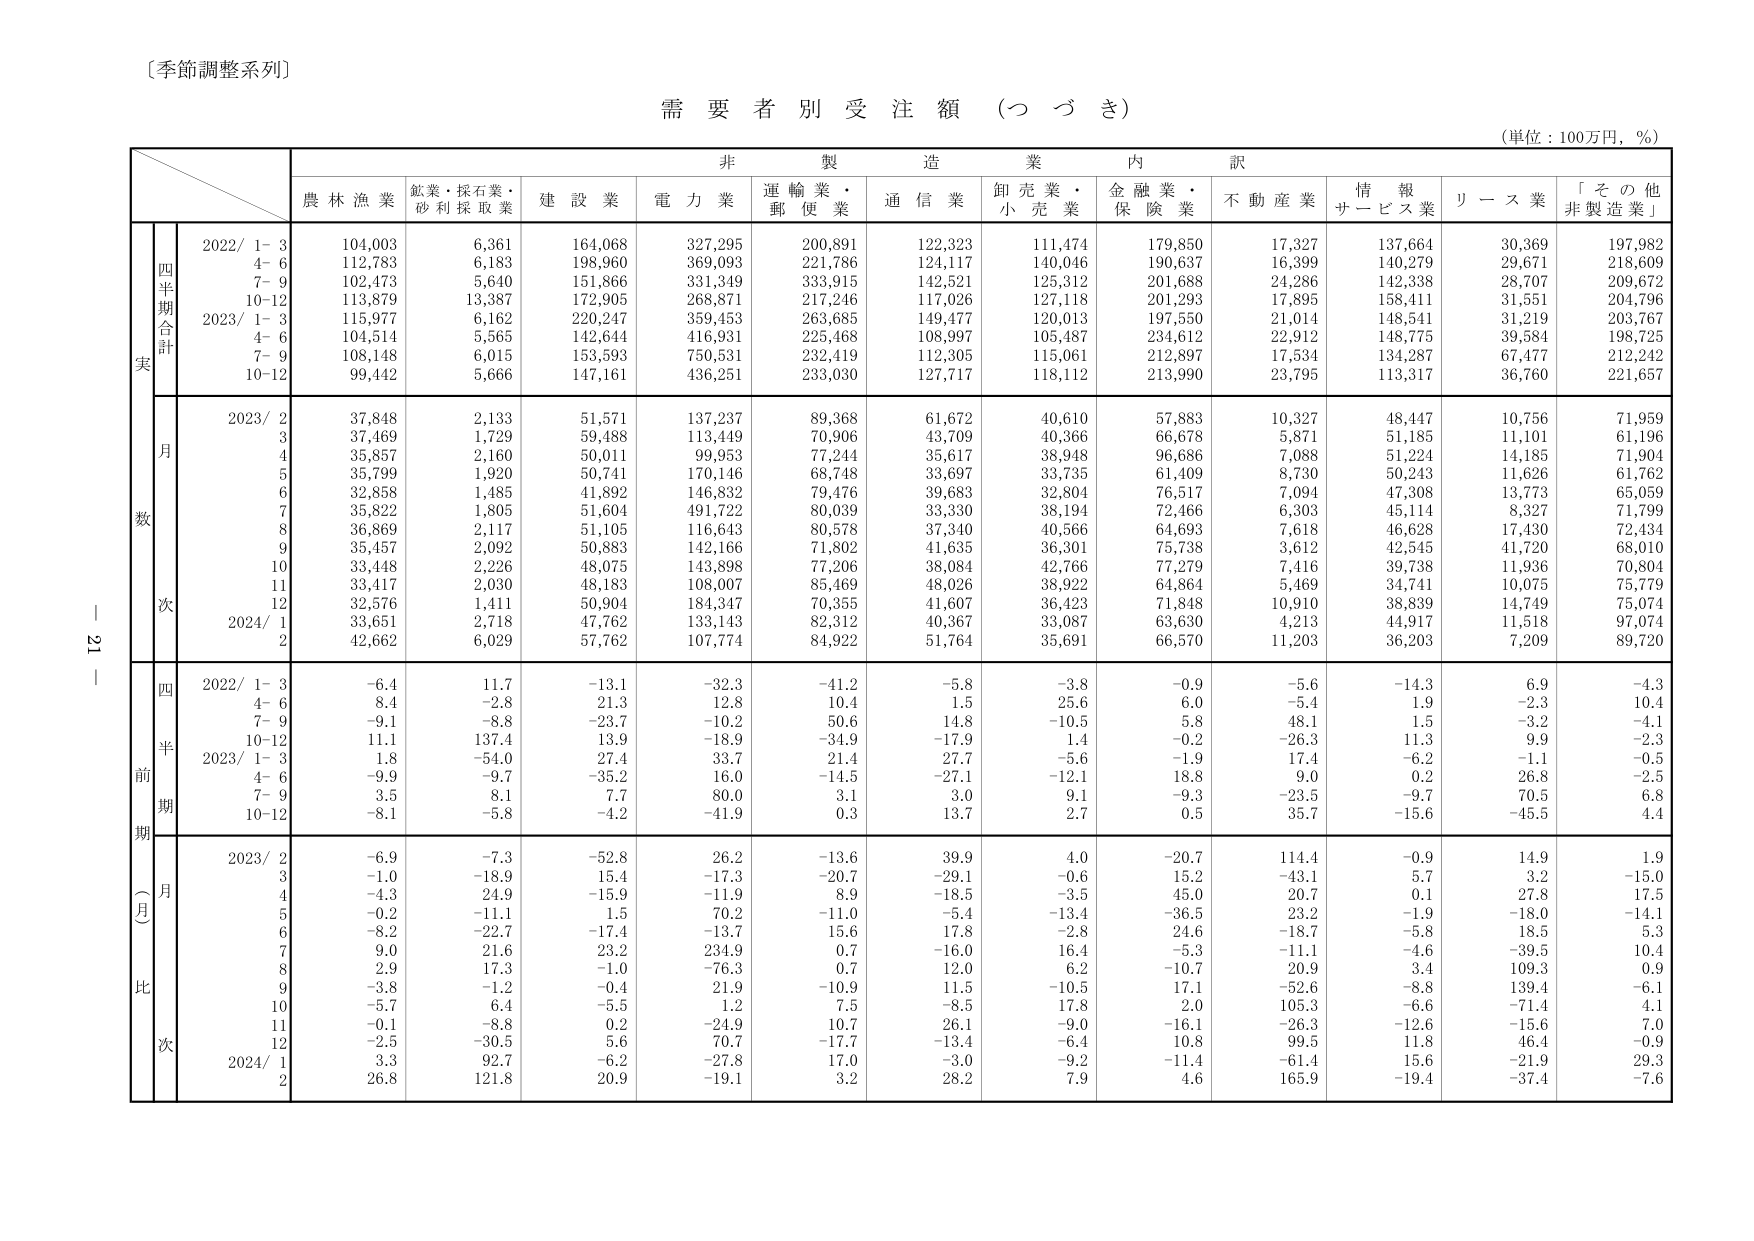
〔季節調整系列〕

需要者別受注額（つづき）

（単位：100万円，％）

非製造業内訳

農林漁業　鉱業・採石業・砂利採取業　建設業　電力業　運輸業・郵便業　通信業　卸売業・小売業　金融業・保険業　不動産業　情報サービス業　リース業　「その他非製造業」

四半期合計実数

2022/ 1-3　104,003　6,361　164,068　327,295　200,891　122,323　111,474　179,850　17,327　137,664　30,369　197,982
　　　4-6　112,783　6,183　198,960　369,093　221,786　124,117　140,046　190,637　16,399　140,279　29,671　218,609
　　　7-9　102,473　5,640　151,866　331,349　333,915　142,521　125,312　201,688　24,286　142,338　28,707　209,672
　　　10-12　113,879　13,387　172,905　268,871　217,246　117,026　127,118　201,293　17,895　158,411　31,551　204,796

2023/ 1-3　115,977　6,162　220,247　359,453　263,685　149,477　120,013　197,550　21,014　148,541　31,219　203,767
　　　4-6　104,514　5,565　142,644　416,931　225,468　108,997　105,487　234,612　22,912　148,775　39,584　198,725
　　　7-9　108,148　6,015　153,593　750,531　232,419　112,305　115,061　212,897　17,534　134,287　67,477　212,242
　　　10-12　99,442　5,666　147,161　436,251　233,030　127,717　118,112　213,990　23,795　113,317　36,760　221,657

月数

2023/ 2　37,848　2,133　51,571　137,237　89,368　61,672　40,610　57,883　10,327　48,447　10,756　71,959
　　　3　37,469　1,729　59,488　113,449　70,906　43,709　40,366　66,678　5,871　51,185　11,101　61,196
　　　4　35,857　2,160　50,011　99,953　77,244　35,617　38,948　96,686　7,088　51,224　14,185　71,904
　　　5　35,799　1,920　50,741　170,146　68,748　33,697　33,735　61,409　8,730　50,243　11,626　61,762
　　　6　32,858　1,485　41,892　146,832　79,476　39,683　32,804　76,517　7,094　47,308　13,773　65,059
　　　7　35,822　1,805　51,604　491,722　80,039　33,330　38,194　72,466　6,303　45,114　8,327　71,799
　　　8　36,869　2,117　51,105　116,643　80,578　37,340　40,566　64,693　7,618　46,628　17,430　72,434
　　　9　35,457　2,092　50,883　142,166　71,802　41,635　36,301　75,738　3,612　42,545　41,720　68,010
　　　10　33,448　2,226　48,075　143,898　77,206　38,084　42,766　77,279　7,416　39,738　11,936　70,804
　　　11　33,417　2,030　48,183　108,007　85,469　48,026　38,922　64,864　5,469　34,741　10,075　75,779
　　　12　32,576　1,411　50,904　184,347　70,355　41,607　36,423　71,848　10,910　38,839　14,749　75,074

2024/ 1　33,651　2,718　47,762　133,143　82,312　40,367　33,087　63,630　4,213　44,917　11,518　97,074
　　　2　42,662　6,029　57,762　107,774　84,922　51,764　35,691　66,570　11,203　36,203　7,209　89,720

四半期前期（月）比

2022/ 1-3　-6.4　11.7　-13.1　-32.3　-41.2　-5.8　-3.8　-0.9　-5.6　-14.3　6.9　-4.3
　　　4-6　8.4　-2.8　21.3　12.8　10.4　1.5　25.6　6.0　-5.4　1.9　-2.3　10.4
　　　7-9　-9.1　-8.8　-23.7　-10.2　50.6　14.8　-10.5　5.8　48.1　1.5　-3.2　-4.1
　　　10-12　11.1　137.4　13.9　-18.9　-34.9　-17.9　1.4　-0.2　-26.3　11.3　9.9　-2.3

2023/ 1-3　1.8　-54.0　27.4　33.7　21.4　27.7　-5.6　-1.9　17.4　-6.2　-1.1　-0.5
　　　4-6　-9.9　-9.7　-35.2　16.0　-14.5　-27.1　-12.1　18.8　9.0　0.2　26.8　-2.5
　　　7-9　3.5　8.1　7.7　80.0　3.1　3.0　9.1　-9.3　-23.5　-9.7　70.5　6.8
　　　10-12　-8.1　-5.8　-4.2　-41.9　0.3　13.7　2.7　0.5　35.7　-15.6　-45.5　4.4

2023/ 2　-6.9　-7.3　-52.8　26.2　-13.6　39.9　4.0　-20.7　114.4　-0.9　14.9　1.9
　　　3　-1.0　-18.9　15.4　-17.3　-20.7　-29.1　-0.6　15.2　-43.1　5.7　3.2　-15.0
　　　4　-4.3　24.9　-15.9　-11.9　8.9　-18.5　-3.5　45.0　20.7　0.1　27.8　17.5
　　　5　-0.2　-11.1　1.5　70.2　-11.0　-5.4　-13.4　-36.5　23.2　-1.9　-18.0　-14.1
　　　6　-8.2　-22.7　-17.4　-13.7　15.6　17.8　-2.8　24.6　-18.7　-5.8　18.5　5.3
　　　7　9.0　21.6　23.2　234.9　0.7　-16.0　16.4　-5.3　-11.1　-4.6　-39.5　10.4
　　　8　2.9　17.3　-1.0　-76.3　0.7　12.0　6.2　-10.7　20.9　3.4　109.3　0.9
　　　9　-3.8　-1.2　-0.4　21.9　-10.9　11.5　-10.5　17.1　-52.6　-8.8　139.4　-6.1
　　　10　-5.7　6.4　-5.5　1.2　7.5　-8.5　17.8　2.0　105.3　-6.6　-71.4　4.1
　　　11　-0.1　-8.8　0.2　-24.9　10.7　26.1　-9.0　-16.1　-26.3　-12.6　-15.6　7.0
　　　12　-2.5　-30.5　5.6　70.7　-17.7　-13.4　-6.4　10.8　99.5　11.8　46.4　-0.9

2024/ 1　3.3　92.7　-6.2　-27.8　17.0　-3.0　-9.2　-11.4　-61.4　15.6　-21.9　29.3
　　　2　26.8　121.8　20.9　-19.1　3.2　28.2　7.9　4.6　165.9　-19.4　-37.4　-7.6

- 21 -